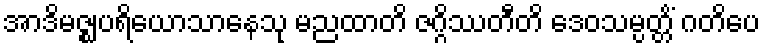
အာဒိမဇ္ဈပရိယောသာနေသု မညထာတိ ဇဂ္ဂိဿတီတိ ဒေဝသမ္ပတ္တိံ ဂတိပေ